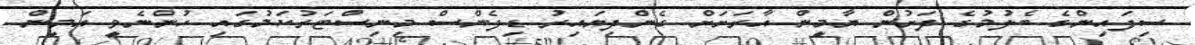
ސިފައިންގެ ބެލުމުގެ ދަށުން ޔާމީން އާރަށަށް ގެންދިޔައިރު ޑިފެންސް މިނިސްޓަރުކަމުގައި ހުންނެވީ އަމީން